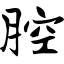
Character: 腔